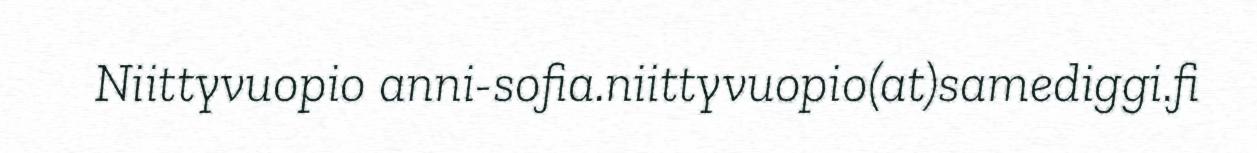
Niittyvuopio anni-sofia.niittyvuopio(at)samediggi.fi